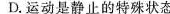
D.运动是静止的特殊状态